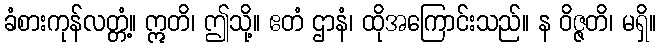
ခံစားကုန်လတ္တံ့။ ဣတိ၊ ဤသို့။ ဧတံ ဌာနံ၊ ထိုအကြောင်းသည်။ န ဝိဇ္ဇတိ၊ မရှိ။